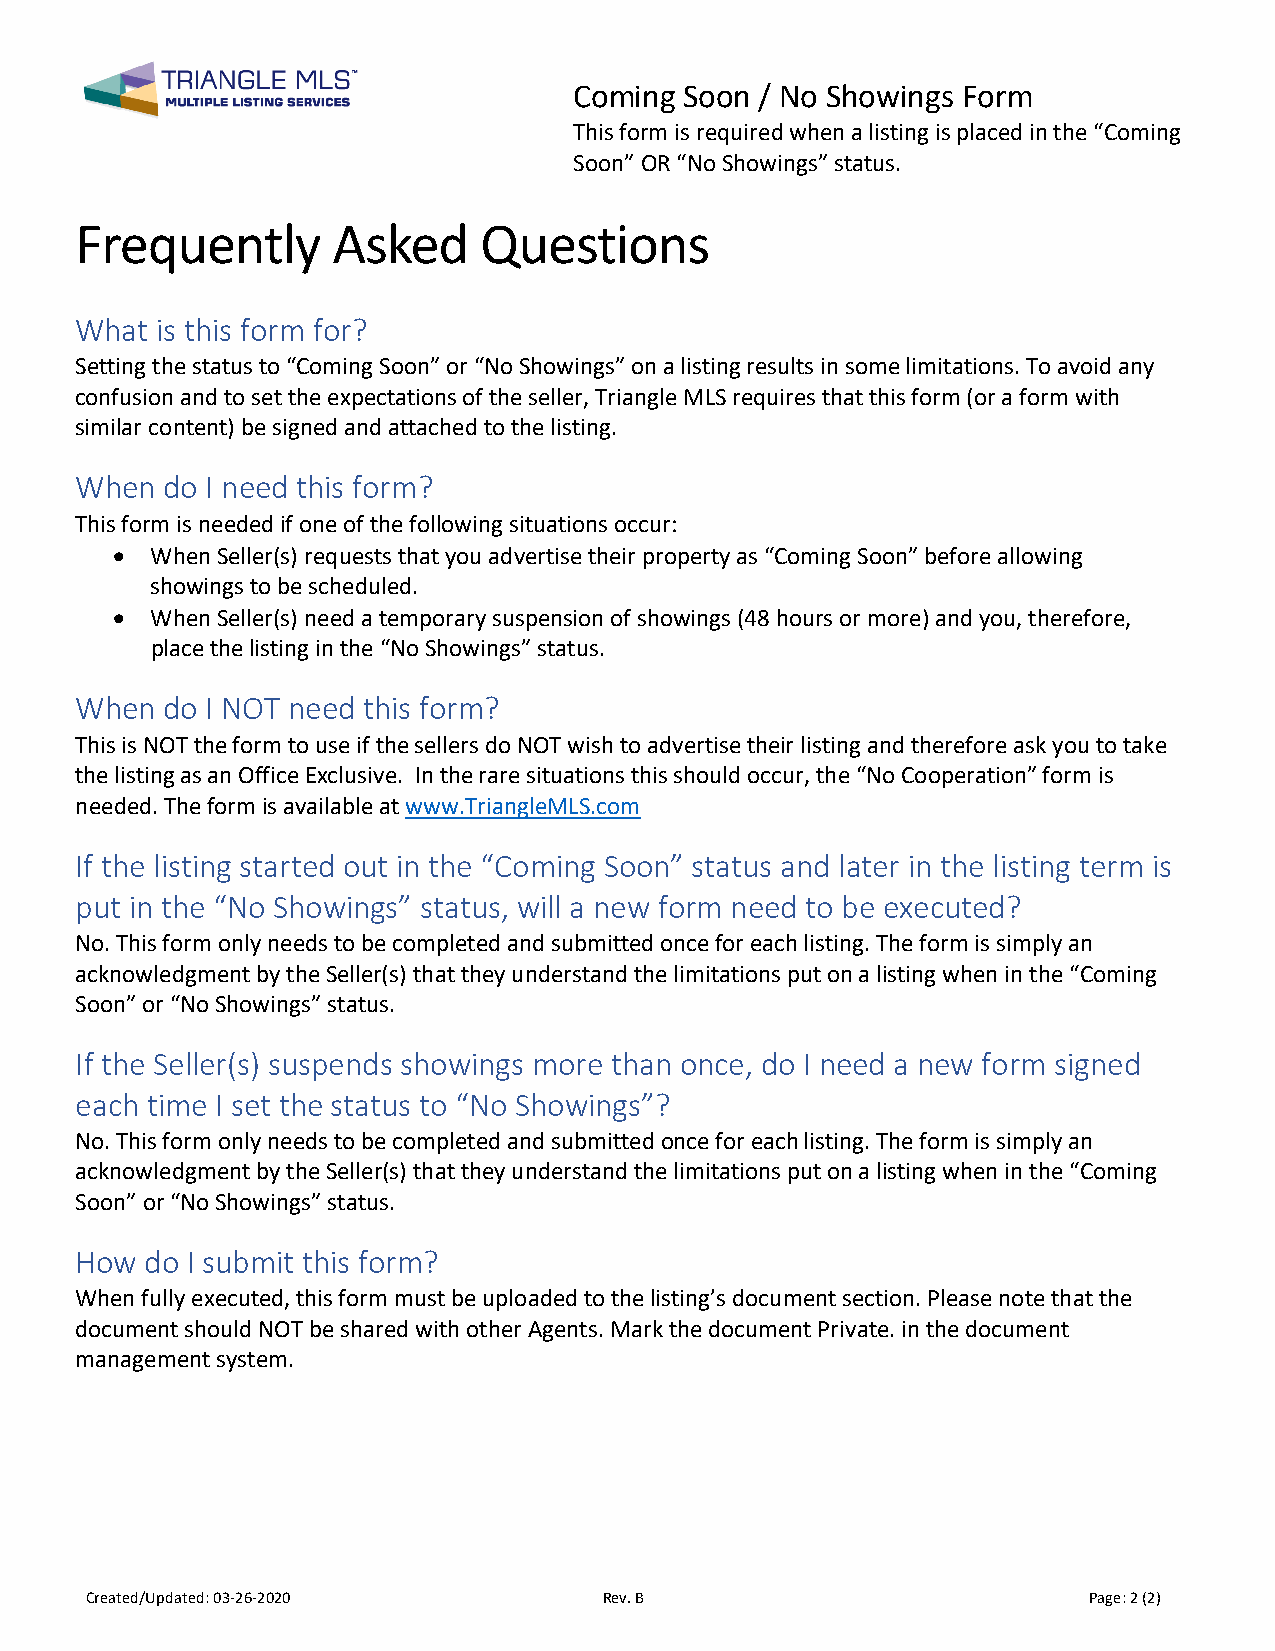
Coming Soon / No Showings Form
 This form is required when a listing is placed in the “Coming
 Soon” OR “No Showings” status.
 Frequently       Asked     Questions
 What is this form for?
 Setting the status to “Coming Soon” or “No Showings” on a listing results in some limitations. To avoid any
 confusion and to set the expectations of the seller, Triangle MLS requires that this form (or a form with
 similar content) be signed and attached to the listing.
 When  do I need this form?
 This form is needed if one of the following situations occur:
 •  When Seller(s) requests that you advertise their property as “Coming Soon” before allowing
 showings to be scheduled.
 •  When Seller(s) need a temporary suspension of showings (48 hours or more) and you, therefore,
 place the listing in the “No Showings” status.
 When  do I NOT need this form?
 This is NOT the form to use if the sellers do NOT wish to advertise their listing and therefore ask you to take
 the listing as an Office Exclusive. In the rare situations this should occur, the “No Cooperation” form is
 needed. The form is available at www.TriangleMLS.com
 If the listing started out in the “Coming Soon” status and later in the listing term is
 put in the “No Showings” status, will a new form need to be executed?
 No. This form only needs to be completed and submitted once for each listing. The form is simply an
 acknowledgment by the Seller(s) that they understand the limitations put on a listing when in the “Coming
 Soon” or “No Showings” status.
 If the Seller(s) suspends showings more than once, do I need a new form signed
 each time I set the status to “No Showings”?
 No. This form only needs to be completed and submitted once for each listing. The form is simply an
 acknowledgment by the Seller(s) that they understand the limitations put on a listing when in the “Coming
 Soon” or “No Showings” status.
 How  do I submit this form?
 When fully executed, this form must be uploaded to the listing’s document section. Please note that the
 document should NOT be shared with other Agents. Mark the document Private. in the document
 management system.
 Created/Updated: 03-26-2020       Rev. B                          Pag e: 2 (2)